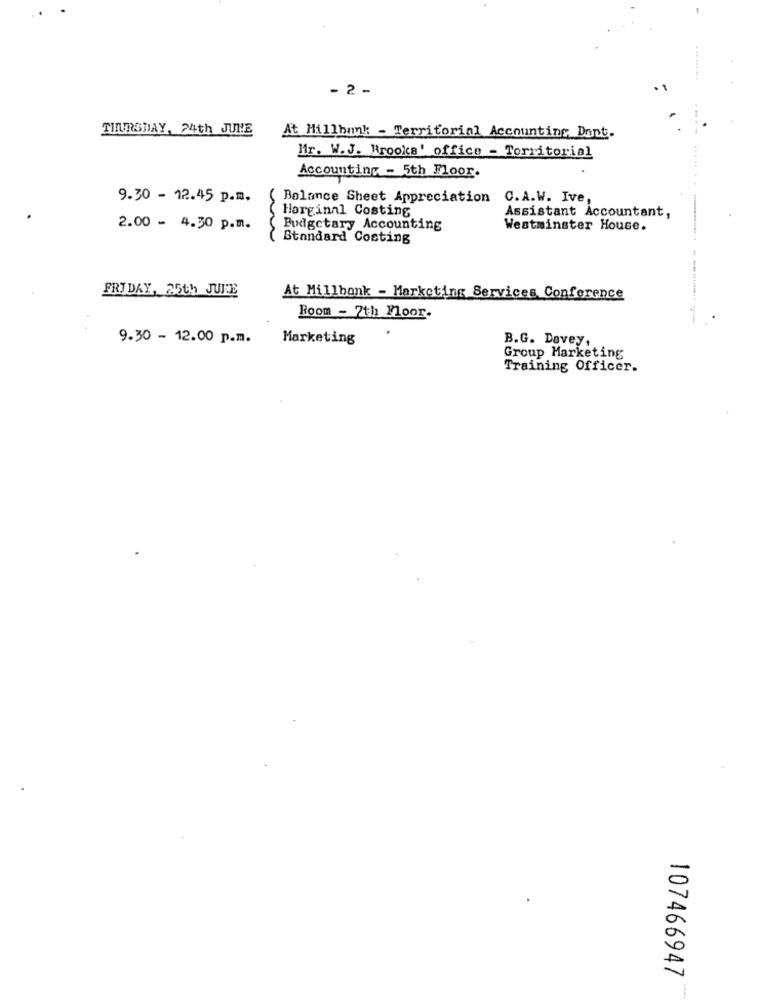
- 2 -
THURSDAY, 24th JUNE
At Hillhunk - Territorial Accounting Dont.
Mr. W.J. Brooks' office - Territorial
Accounting - 5th Floor.
9.30 - 12.45 p.m.
( Balance Sheet Appreciation C.A.W. Ive,
( Horginnl Costing
Assistant Accountant,
2.00 - 4.30 p.m.
( Budgetary Accounting
Westminster House.
Standard Costing
FRIDAY, 25th JUNE
At Millbonk - Marketing Services Conference
Room - 7th Floor.
---------
9.30 - 12.00 p.m.
Marketing
B.G. Davey,
Group Marketing
Training Officer.
a
0
107466947